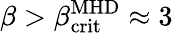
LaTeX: \beta>\beta_{\mathrm{crit}}^{\mathrm{MHD}}\approx 3\